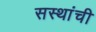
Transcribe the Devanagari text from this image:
सस्थांची